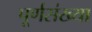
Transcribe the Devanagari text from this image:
पूर्णसंख्या